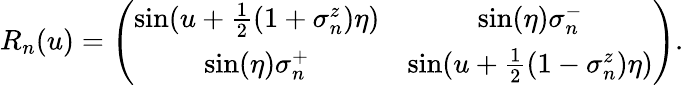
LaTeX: R_{n}(u)=\left(\begin{array}{cccc}{{\sin(u+\frac{1}{2}(1+\sigma_{n}^{z})\eta)}}&{{\sin(\eta)\sigma_{n}^{-}}}\\ {{\sin(\eta)\sigma_{n}^{+}}}&{{\sin(u+\frac{1}{2}(1-\sigma_{n}^{z})\eta)}}\end{array}\right).